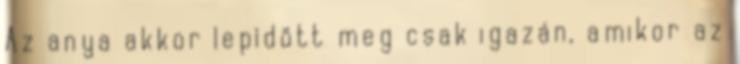
Az anya akkor lepıdött meg csak igazán, amikor az